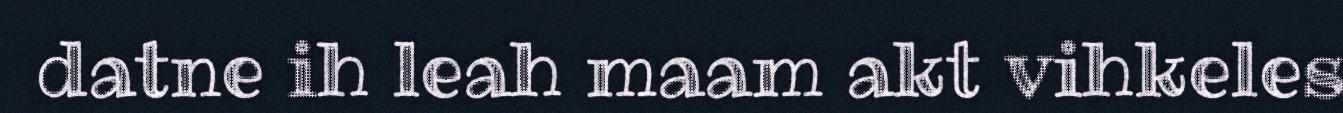
datne ih leah maam akt vihkeles